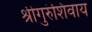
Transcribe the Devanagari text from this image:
श्रीगुरुंशिवाय